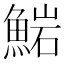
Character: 𩸶